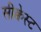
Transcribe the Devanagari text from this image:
सीक्वेस्ट